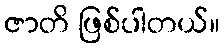
ဇာတိ ဖြစ်ပါတယ်။